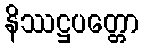
နိဿဋ္ဌပတ္တော